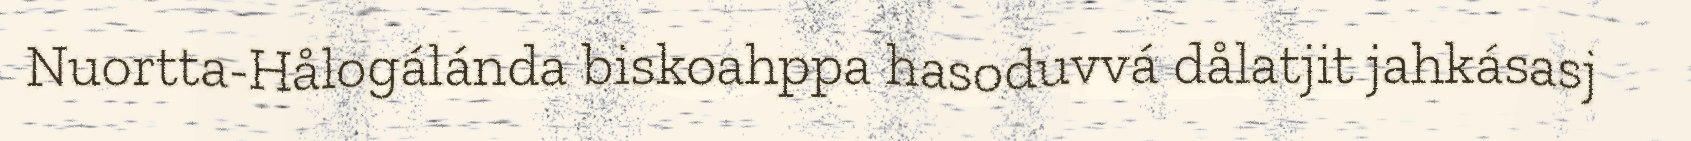
Nuortta-Hålogálánda biskoahppa hasoduvvá dålatjit jahkásasj